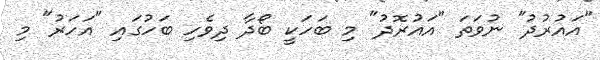
"އައުރުދު" ނުވަތަ "އައުރޮދު" މި ބަހަކީ ބޯދާ ދިވެހި ބަހުގައި "އަހަރު" މި